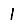
Digit: 1